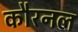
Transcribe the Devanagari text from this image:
कौरनल